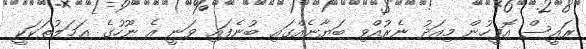
ރައީސް އޮފީހުން މިއަދު ނެރުއްވި ބަޔާނެއްގައި ބުނެފައި ވަނީ އެ ނޫހުގެ ޢަމަލުތަކަކީ